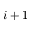
i + 1